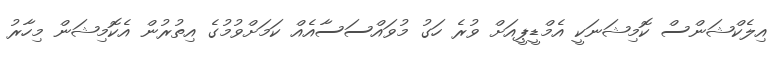
އިލެކްޝަންސް ކޮމިޝަނަކީ އެމްޑީޕީއަށް ވުރެ ހަގު މުވައްސަސާއެއް ކަމަށްވުމުގެ އިތުރުން އެކޮމިޝަން މިހާރު